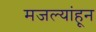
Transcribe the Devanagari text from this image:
मजल्यांहून